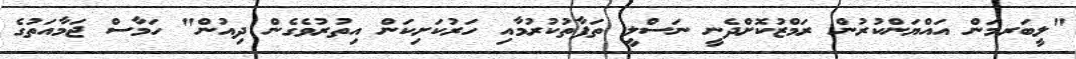
"ލީބަރމަން އައްޔަންކުރުން ރަމްޒުކޮށްދެނީ ނަސްލީ ތަފާތުކުރުމާއި ހަރުކަށިކަން އިތުރުވެގެން ދިއުން" ހަމާސް ޖަމާއަތުގެ